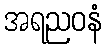
အရညဝနံ